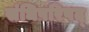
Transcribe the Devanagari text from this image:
संधिपरिषद्